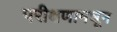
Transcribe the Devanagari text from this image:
परीक्षणामधून